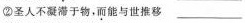
②圣人不凝滞于物，而能与世推移___